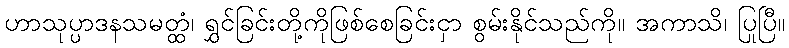
ဟာသုပ္ပာဒနသမတ္ထံ၊ ရွှင်ခြင်းတို့ကိုဖြစ်စေခြင်းငှာ စွမ်းနိုင်သည်ကို။ အကာသိ၊ ပြုပြီ။